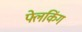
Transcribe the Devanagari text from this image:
फ्लेकिंग